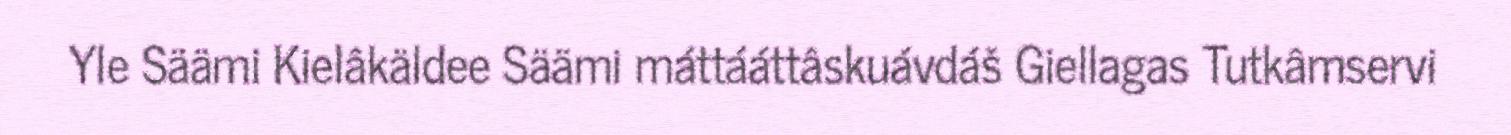
Yle Säämi Kielâkäldee Säämi máttááttâskuávdáš Giellagas Tutkâmservi